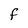
Character: f